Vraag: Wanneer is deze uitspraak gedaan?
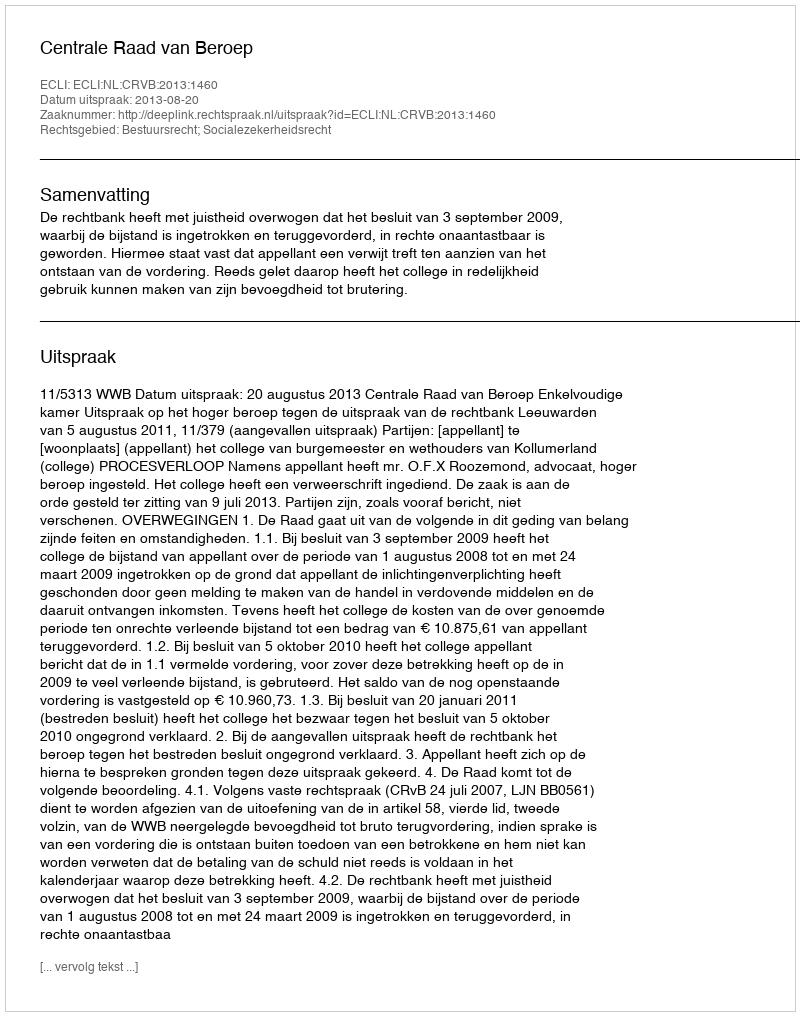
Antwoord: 2013-08-20